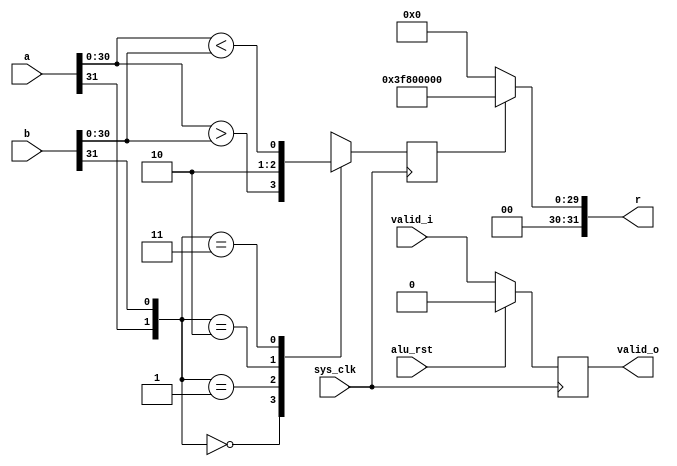
module pfpu_above(
	input sys_clk,
	input alu_rst,

	input [31:0] a,
	input [31:0] b,
	input valid_i,

	output [31:0] r,
	output reg valid_o
);

reg r_one;
always @(posedge sys_clk) begin
	if(alu_rst)
		valid_o <= 1'b0;
	else
		valid_o <= valid_i;
	case({a[31], b[31]})
		2'b00: r_one <= a[30:0] > b[30:0];
		2'b01: r_one <= 1'b1;
		2'b10: r_one <= 1'b0;
		2'b11: r_one <= a[30:0] < b[30:0];
	endcase
end

assign r = r_one ? 32'h3f800000: 32'h00000000;

endmodule